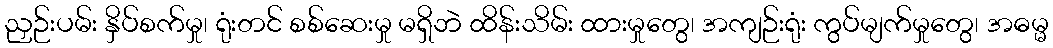
ညှဉ်းပမ်း နှိပ်စက်မှု၊ ရုံးတင် စစ်ဆေးမှု မရှိဘဲ ထိန်းသိမ်း ထားမှုတွေ၊ အကျဉ်းရုံး ကွပ်မျက်မှုတွေ၊ အဓမ္မ